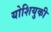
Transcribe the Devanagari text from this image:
योशियुकी